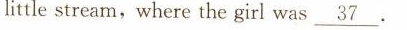
little stream, where the girl was \underline{37} .